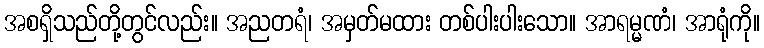
အစရှိသည်တို့တွင်လည်း။ အညတရံ၊ အမှတ်မထား တစ်ပါးပါးသော။ အာရမ္မဏံ၊ အာရုံကို။